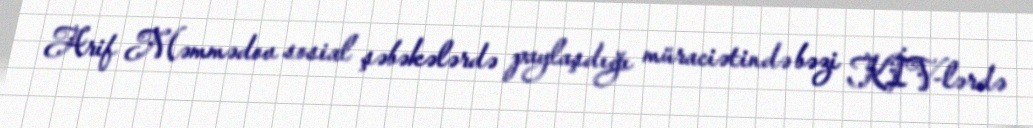
Arif Məmmədov sosial şəbəkələrdə paylaşdığı müraciətində bəzi KİV-lərdə